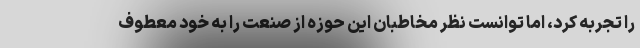
را تجربه کرد، اما توانست نظر مخاطبان این حوزه از صنعت را به خود معطوف